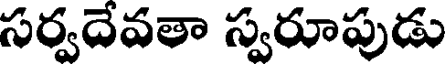
సర్వదేవతా స్వరూపుడు